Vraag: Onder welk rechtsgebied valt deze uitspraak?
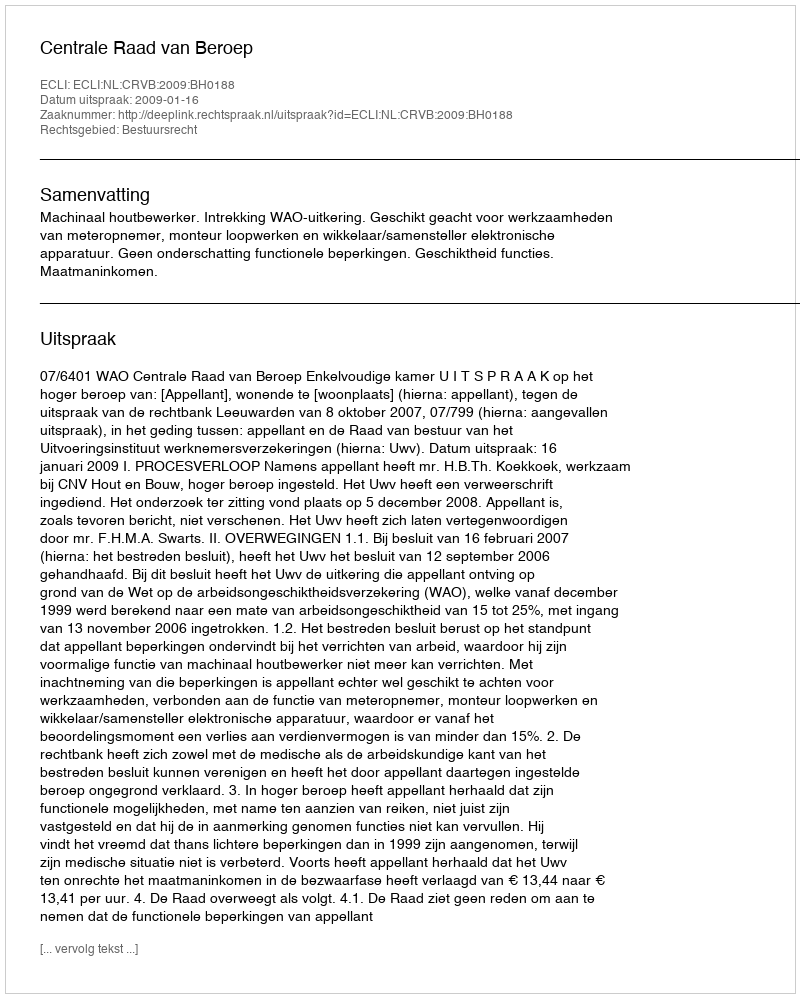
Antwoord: Bestuursrecht